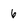
Character: 6